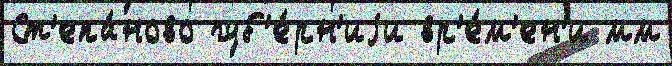
Ст'епа́ново губ'е́рн'иjи вр'е́м'ен'и мм